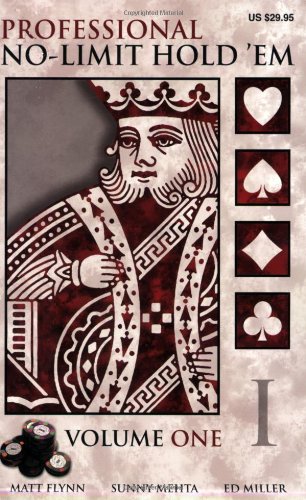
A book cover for Professional No-Limit Hold 'em: Volume I; Matt Flynn; Humor & Entertainment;